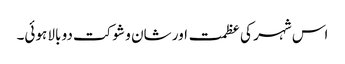
اس شہر کی عظمت اور شان و شوکت دو بالا ہوئی۔